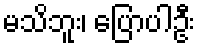
မသိဘူး၊ ပြောပါဦး